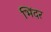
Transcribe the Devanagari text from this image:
भिंदर